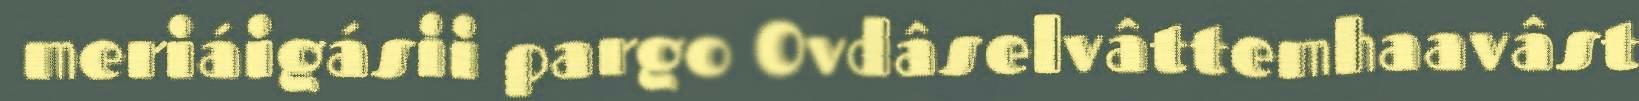
meriáigásii pargo Ovdâselvâttemhaavâst